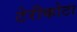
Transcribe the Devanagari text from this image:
टेरीकोटा